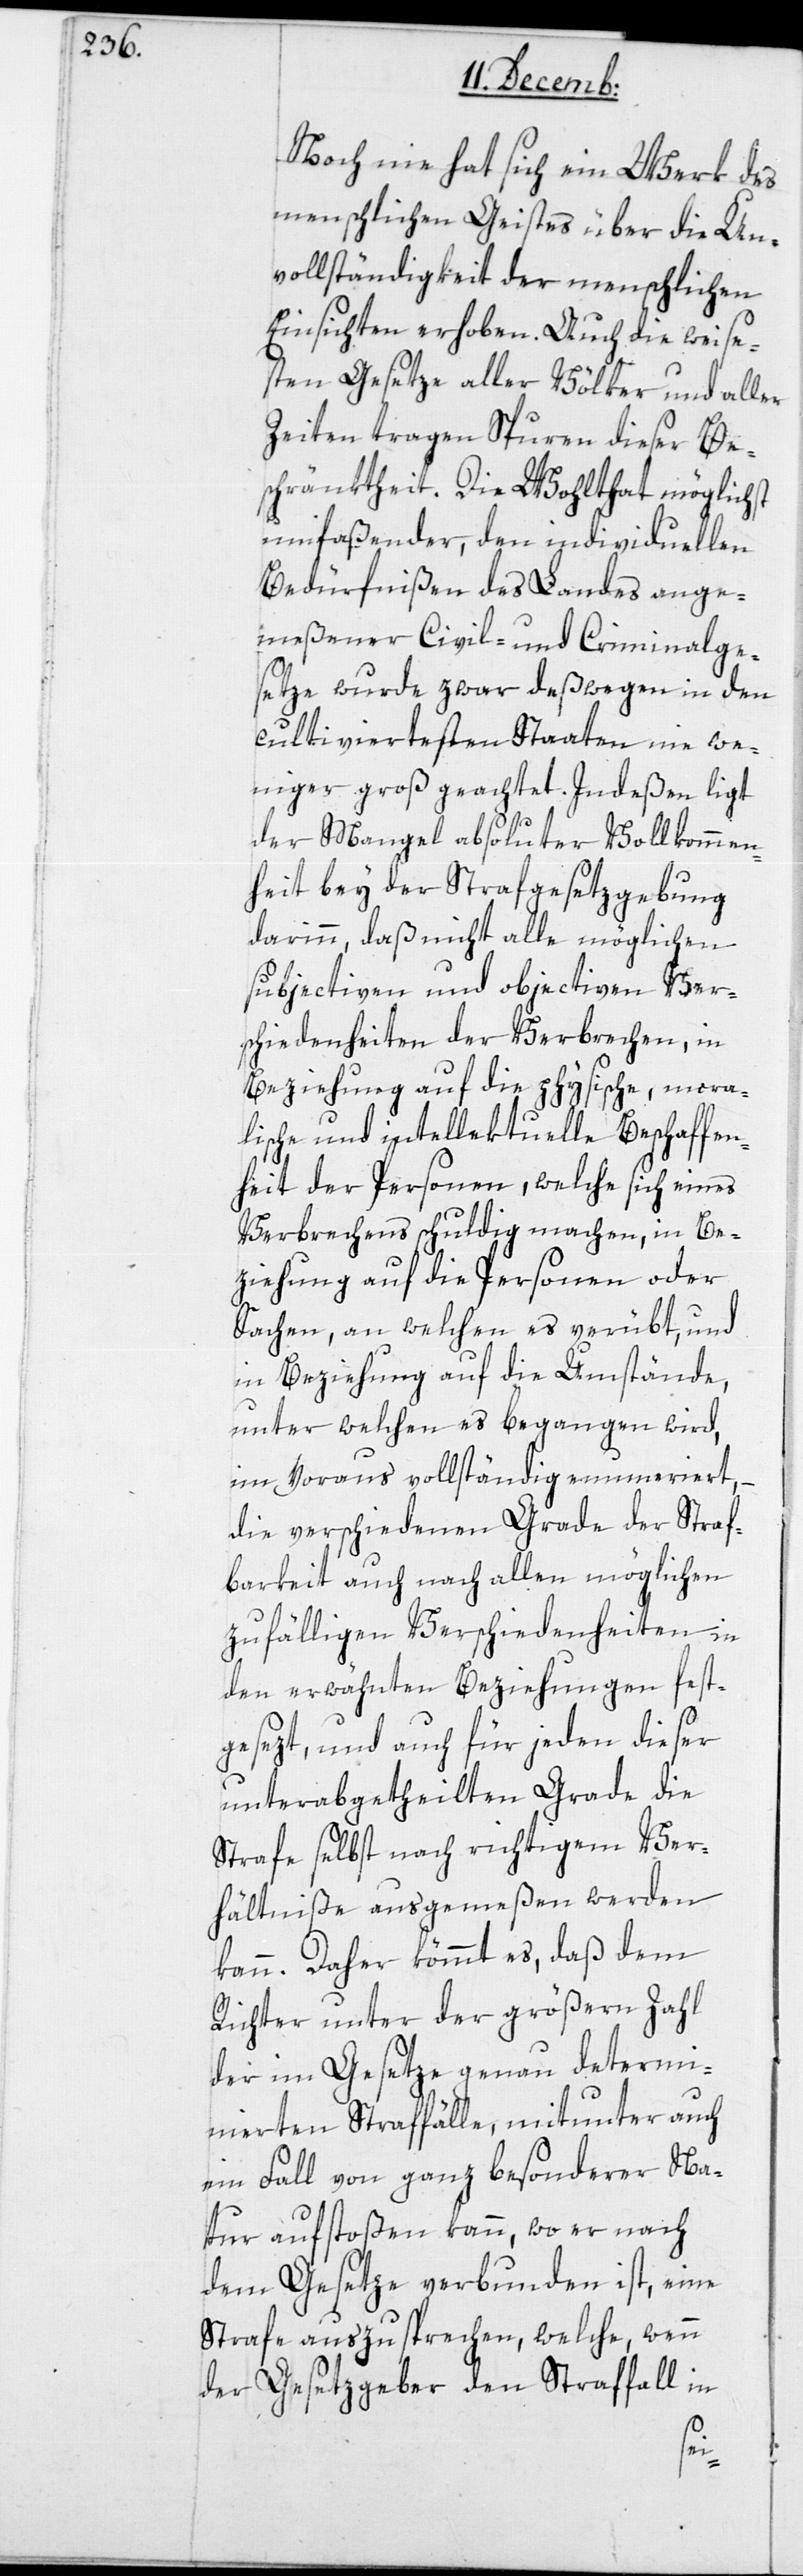
Noch nie hat sich ein Werk des
menschlichen Geistes über die Un¬
vollständigkeit der menschlichen
Einsichten erhoben. Auch die weise¬
sten Gesetze aller Völker und aller
Zeiten tragen Spuren dieser Be¬
schränktheit. Die Wohltat möglichst
umfaßender, den individuellen
Bedürfnißen des Landes ange¬
meßener Civil- und Criminalge¬
setze wurde zwar deßwegen in den
cultiviertesten Staaten nie we¬
niger groß geachtet. Indeßen liegt
der Mangel absoluter Vollkommen¬
heit bey der Strafgesetzgebung
darinn, daß nicht alle möglichen
subjectiven und objectiven Ver¬
schiedenheiten der Verbrechen, in
Beziehung auf die physische, mora¬
lische und intellectuelle Beschaffen¬
heit der Personen, welche sich eines
Verbrechens schuldig machen, in Be¬
ziehung auf die Personen oder
Sachen, an welchen es verübt, und
in Beziehung auf die Umstände,
unter welchen es begangen wird,
im Voraus vollständig enumeriert, –
die verschiedenen Grade der Straf¬
barkeit auch nach allen möglichen
zufälligen Verschiedenheiten in
den erwähnten Beziehungen fest¬
gesezt, und auch für jeden dieser
unterabgetheilten Grade die
Strafe selbst nach richtigem Ver¬
hältniße ausgemeßen werden
kann. Daher kömmt es, daß dem
Richter unter der größern Zahl
der im Gesetze genau determi¬
nierten Straffälle, mitunter auch
ein Fall von ganz besonderer Na¬
tur aufstoßen kann, wo er nach
dem Gesetze verbunden ist, eine
Strafe auszusprechen, welche, wenn
der Gesetzgeber den Straffall in